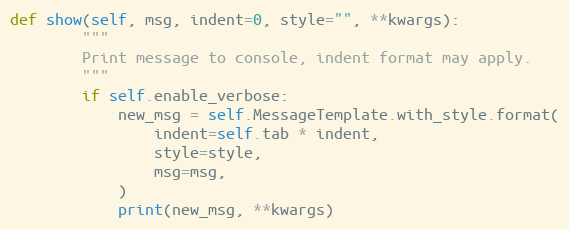
Language: Python
def show(self, msg, indent=0, style="", **kwargs):
        """
        Print message to console, indent format may apply.
        """
        if self.enable_verbose:
            new_msg = self.MessageTemplate.with_style.format(
                indent=self.tab * indent,
                style=style,
                msg=msg,
            )
            print(new_msg, **kwargs)